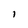
Character: i